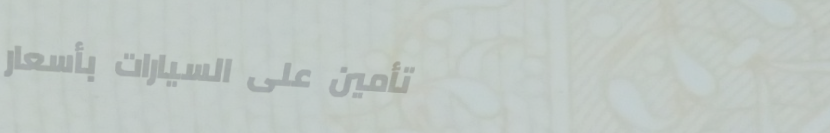
تأمين على السيارات بأسعار